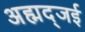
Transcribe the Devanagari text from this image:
अह्मद्जई